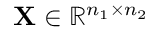
\mathbf { X } \in \mathbb { R } ^ { n _ { 1 } \times n _ { 2 } }